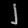
Digit: ၂